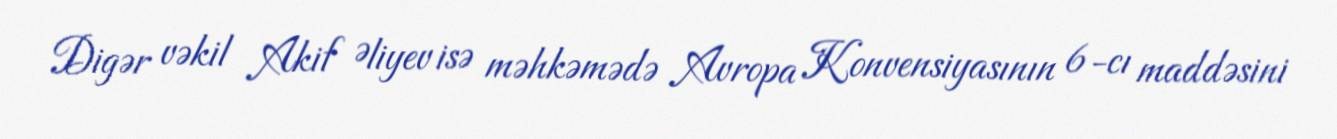
Digər vəkil Akif Əliyev isə məhkəmədə Avropa Konvensiyasının 6-cı maddəsini